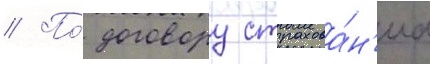
// По́ договору страхова́н'иа